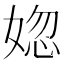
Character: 𡝲